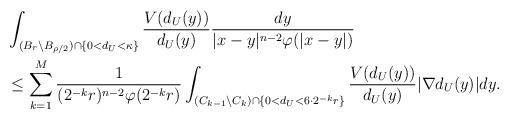
LaTeX: \begin{align*}&\int_{(B_r \backslash B_{\rho/2}) \cap \{ 0<d_U < \kappa \}}\frac{V(d_U(y))}{d_U(y)} \frac{dy}{|x-y|^{n-2} \varphi(|x-y|)} \\ &\le \sum_{k=1}^M \frac{1}{(2^{-k}r)^{n-2}\varphi(2^{-k}r)} \int_{(C_{k-1} \backslash C_k) \cap \{ 0< d_U < 6 \cdot 2^{-k}r \}}\frac{V(d_U(y))}{d_U(y)}|\nabla d_U(y)|dy. \end{align*}